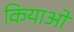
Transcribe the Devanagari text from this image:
कियाओं